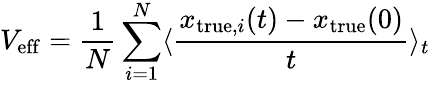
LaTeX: V_{\mathrm{eff}}=\frac{1}{N}\sum_{i=1}^{N}\langle\frac{x_{\mathrm{true},i}(t)-x_{\mathrm{true}}(0)}{t}\rangle_{t}